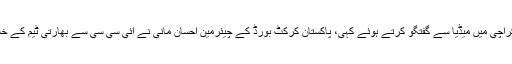
یہ بات انہوں نے نیشنل اسٹیڈیم کراچی میں میڈیا سے گفتگو کرتے ہوئے کہی، پاکستان کرکٹ بورڈ کے چیئرمین احسان مانی نے آئی سی سی سے بھارتی ٹیم کے خلاف ایکشن لینےکا مطالبہ کردیا۔